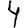
Digit: 4